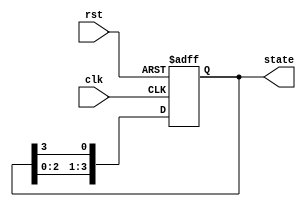
module ring_counter #(
    parameter N = 4  // Number of bits in the ring counter
)(
    input wire clk,     // Clock input
    input wire rst,     // Asynchronous reset input
    output reg [N-1:0] state // Current state output
);

// State transition logic
always @(posedge clk or posedge rst) begin
    if (rst) begin
        // Reset the state to the initial state (000...0001)
        state <= 1'b1; // Set the first flip-flop to '1' and others to '0'
    end else begin
        // Shift the '1' to the next flip-flop
        state <= {state[N-2:0], state[N-1]};
    end
end

endmodule